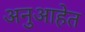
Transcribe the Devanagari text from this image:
अनुआहेत